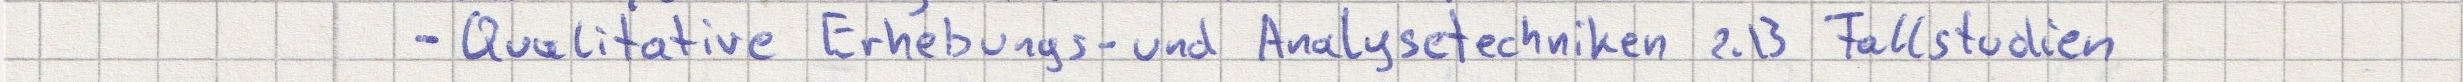
- Qualitative Erhebungs- und Analysetechniken z.B Fallstudien